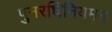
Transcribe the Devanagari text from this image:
पुनरधिनियमन